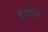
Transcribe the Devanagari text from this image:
ब्लांस